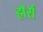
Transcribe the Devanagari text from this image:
हाॅर्स